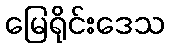
မြေရိုင်းဒေသ